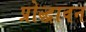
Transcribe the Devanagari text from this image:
प्रोद्धावन